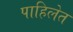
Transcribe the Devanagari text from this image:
पाहिलेत